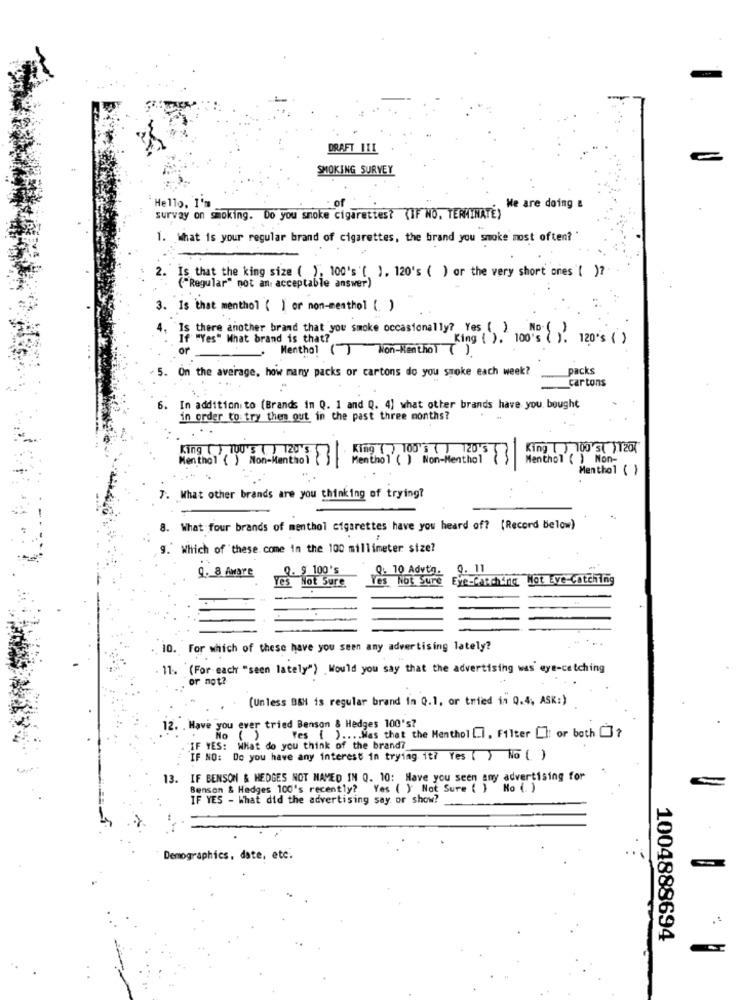
DRAFT III
SMOKING SURVEY
of
Hello, I'm
We are doing &
survay on smoking. Do you smoke cigarettes? (IF NO, TERMINATE)
1. What is your regular brand of cigarettes, the brand you smoke most often?
2. Is that the king size ( ), 100's ( ), 120's ( ) or the very short ones ( )?
("Regular" not an acceptable answer)
3. Is that menthol ( ) or non-menthol [ )
Is there another brand that you smoke occasionally? Yes ( )
No. 1
If "Yes" What brand is that?
King ( ). 100's ( 1. 120's ( )
or
Menthol () Non-Menthol ( )
5.
On the average, how many packs or cartons do you suoke each week?
packs
cartons
6. In addition to (Brands in Q. 1 and Q. 4) what other brands have you bought
in order to try them out in the past three months?
King ( ) 100 St ) 120%
Menthol ( ) Non-Menthol
King 17, 100 5 1 120 57
Menthol ( ) Non-
Menthol ( )
. What other brands are you thinking of trying?
8. What four brands of menthol cigarettes have you heard of? (Record below)
9." Which of these come in the 100 millimeter size?
9. 9 100's
9. 10 Advth.
9. 11
Q. 8 Aware
Yes Not Sure
Eye-Catching Not Eye-Catching
Yes Not Sure
10. For which of these have you seen any advertising lately?
11. (For each "seen lately") Would you say that the advertising was eye-catching
or not?
(Unless BSH is regular brand in Q.1, or tried in Q.4, ASK:)
12. . Have you ever tried Benson & Hedges 100's?
No ()
Yes { ) .... Mas that the Menthol [], Filter CI or both []?
IF YES: What do you think of the brand ?_
IF NO: Do you have any interest in trying it? Yes ( ) No ( )
13. IF BENSON & HEDGES NOT NAMED IN Q. 10: Have you seen any advertising for
Benson & Hedges 100's recently? Yes ( ) Not Sure ( ) No (. )
IF YES - What did the advertising say or show?
Demographics, date, etc.
1004888694